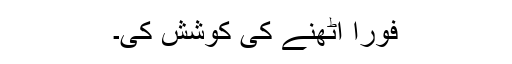
فوراً اٹھنے کی کوشش کی۔